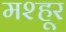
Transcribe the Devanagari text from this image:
मश्‍हूर